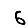
Digit: 6